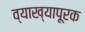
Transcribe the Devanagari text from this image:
व्याख्यापूरक